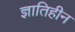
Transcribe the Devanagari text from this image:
ज्ञातिहीन